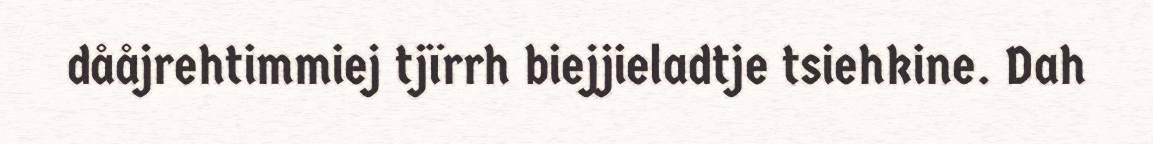
dååjrehtimmiej tjïrrh biejjieladtje tsiehkine. Dah